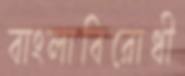
বাংলাবিরোধী